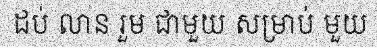
ដប់ លាន រួម ជាមួយ សម្រាប់ មួយ